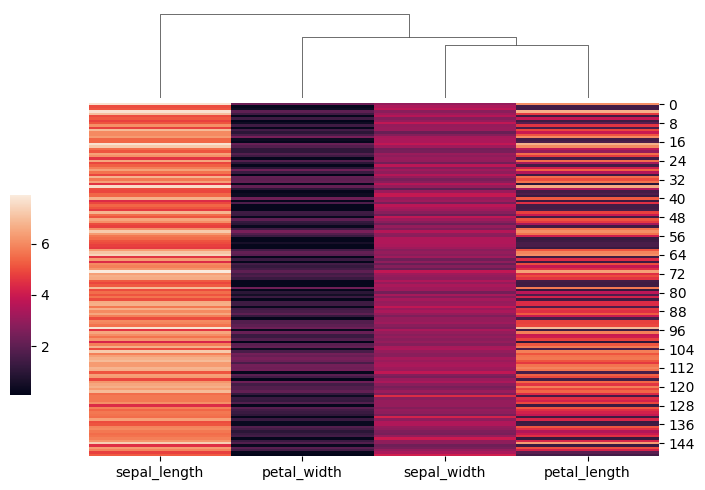
python, seaborn, clustermap, figsize=(7, 5), row_cluster=False, dendrogram_ratio=(0.1, 0.2), cbar_pos=(0, 0.2, 0.03, 0.4)